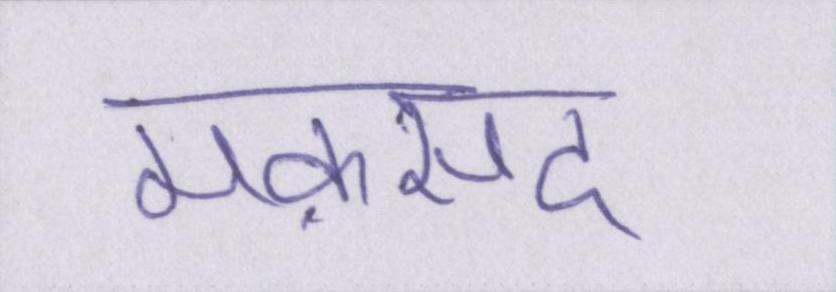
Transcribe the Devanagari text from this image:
मक़सद